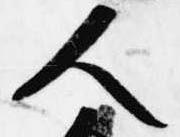
人